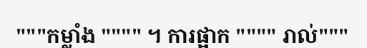
"""កម្លាំង """" ។ ការផ្អាក """" រាល់"""